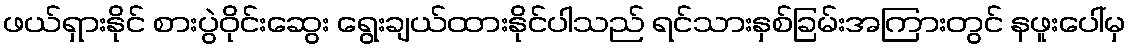
ဖယ်ရှားနိုင် စားပွဲဝိုင်းဆွေး ရွေးချယ်ထားနိုင်ပါသည် ရင်သားနှစ်ခြမ်းအကြားတွင် နဖူးပေါ်မှ